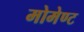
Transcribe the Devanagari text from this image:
मोमेण्ट